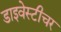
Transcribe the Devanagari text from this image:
डाइवेस्टीचर